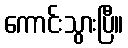
ကောင်းသွားပြီ။